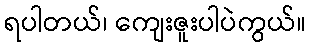
ရပါတယ်၊ ကျေးဇူးပါပဲကွယ်။